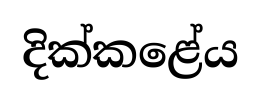
දික්කළේය